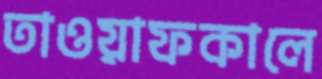
তাওয়াফকালে